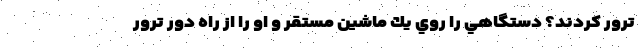
ترور كردند؟ دستگاهي را روي يك ماشين مستقر و او را از راه دور ترور